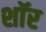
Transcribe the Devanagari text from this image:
शाॅर